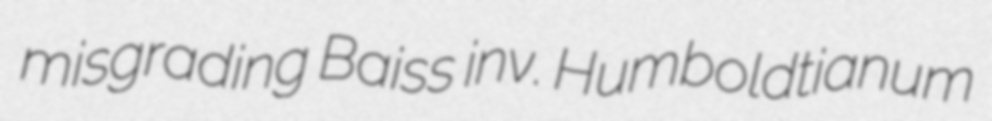
misgrading Baiss inv. Humboldtianum